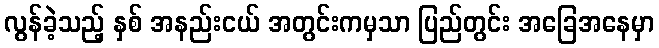
လွန်ခဲ့သည့် နှစ် အနည်းငယ် အတွင်းကမှသာ ပြည်တွင်း အခြေအနေမှာ